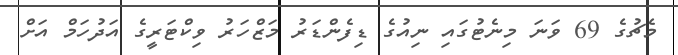
މެޗުގެ 69 ވަނަ މިނެޓުގައި ނިއުގެ ޑިފެންޑަރު މަޒްހަރު ވިކްޓަރީގެ އަދުހަމް އަށް